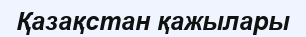
Қазақстан қажылары